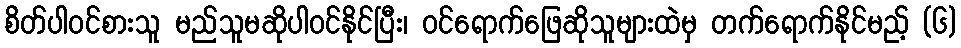
စိတ်ပါ၀င်စားသူ မည်သူမဆိုပါဝင်နိုင်ပြီး၊ ဝင်ရောက်ဖြေဆိုသူများထဲမှ တက်ရောက်နိုင်မည့် (၆)